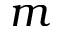
m